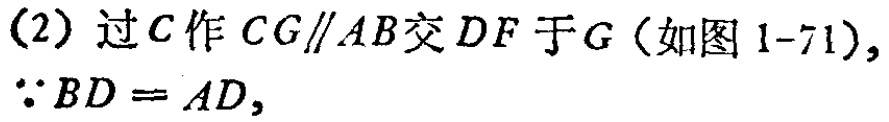
(2) 过\(C\)作\(CG\parallel AB\)交\(DF\)于\(G\)（如图 \(1 - 71\)）,

\(\because BD = AD\),